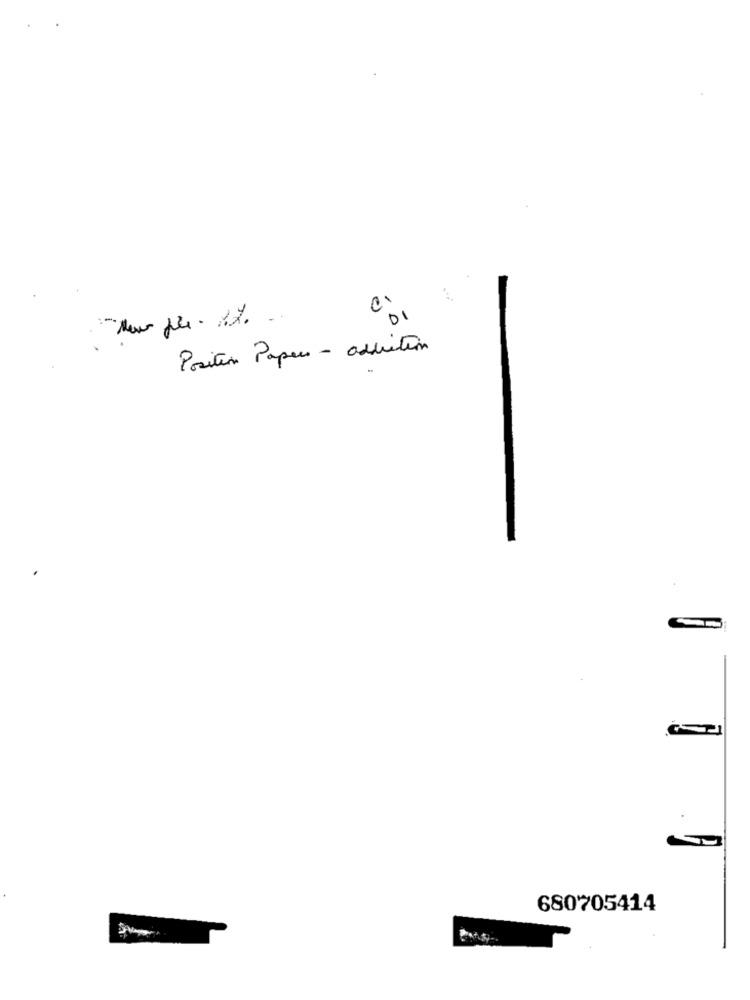
DI
Position Paper - addition
680705414